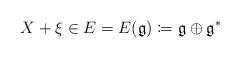
LaTeX: \begin{align*} X+\xi \in E= E(\mathfrak{g})\coloneqq \mathfrak{g} \oplus \mathfrak{g}^*\end{align*}